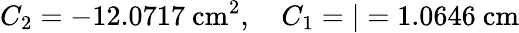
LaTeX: C_{2}=-12.0717\ \mathrm{cm}^{2},\ \ \ \ C_{1}=\vert=1.0646\ \mathrm{cm}